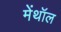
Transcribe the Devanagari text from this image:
मेंथॉल